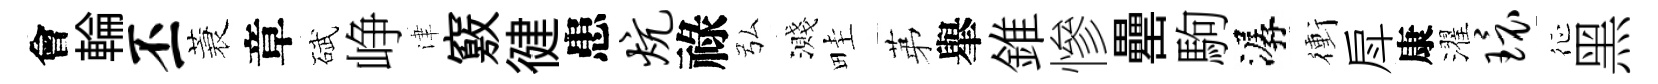
會輪丕蓑章碔峥津竅徤患炕祿弘濺畦苐𦦙錐慘罍駒潺衝戽康濯环征黑